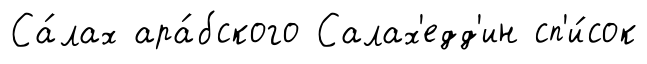
Са́лах ара́бского Салах'едд'ин сп'и́сок